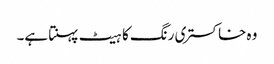
وہ خاکستری رنگ کا ہیٹ پہنتا ہے۔